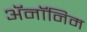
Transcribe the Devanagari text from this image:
ॲनॉनिम